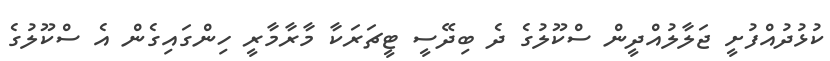
ކުޅުދުއްފުށީ ޖަލާލުއްދީން ސްކޫލުގެ ދެ ބިދޭސީ ޓީޗަަރަކާ މާރާމާރީ ހިންގައިގެން އެ ސްކޫލުގެ